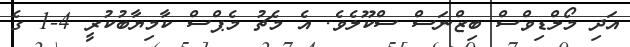
އަދި މޯލްޑިވްސް ބިޒްނަސް ސްކޫލެވެ. އެ މެޗު މެޕްސް ކާމިޔާބުކުރީ 4-1 ގެ